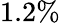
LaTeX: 1.2\%